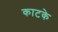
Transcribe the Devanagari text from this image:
काटके